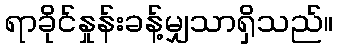
ရာခိုင်နှုန်းခန့်မျှသာရှိသည်။